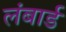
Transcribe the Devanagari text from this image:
लंबार्ड